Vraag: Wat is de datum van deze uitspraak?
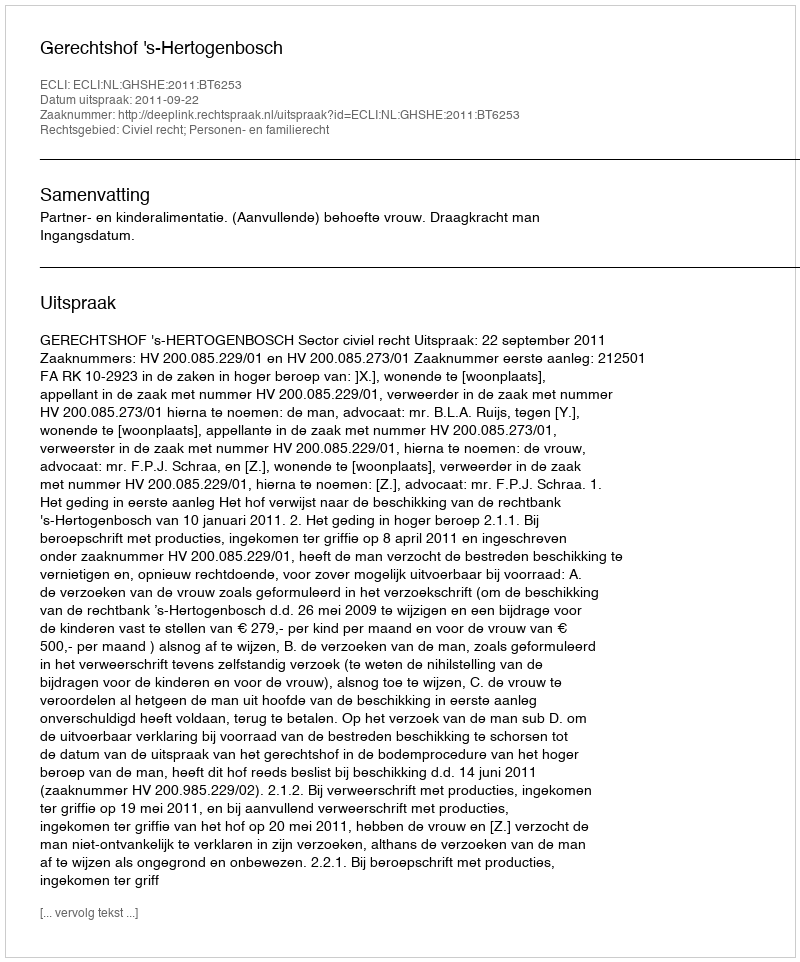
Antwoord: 2011-09-22